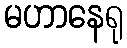
မဟာနေရု